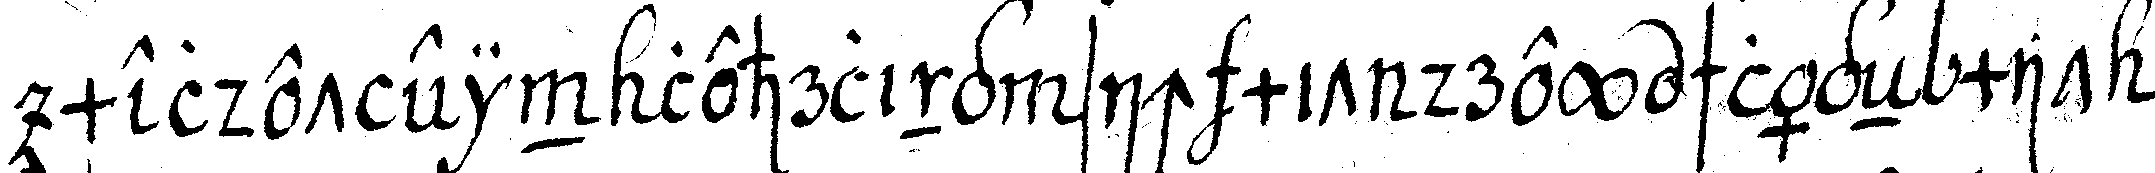
meldet ein lehrling sich mit drey schlägeN mit